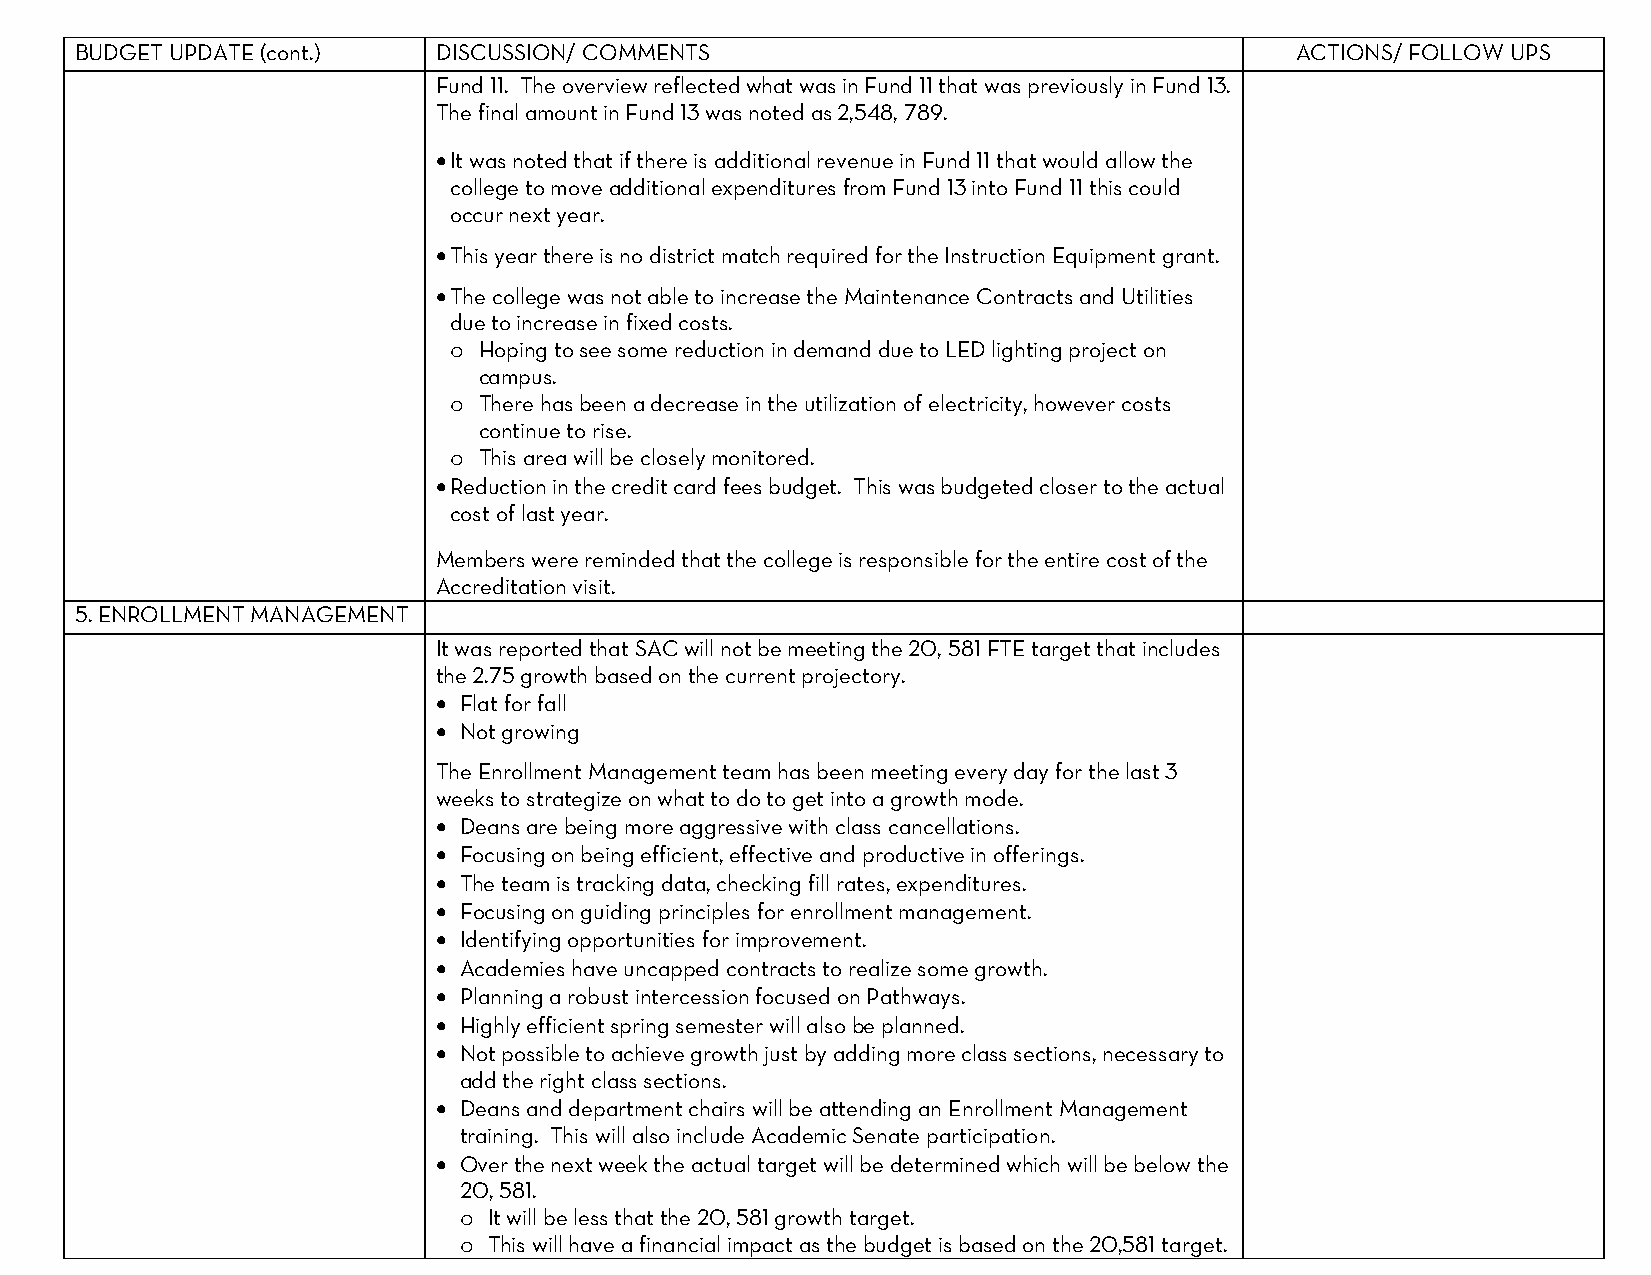
BUDGET UPDATE (cont.)   DISCUSSION/ COMMENTS                                     ACTIONS/ FOLLOW UPS
 Fund 11. The overview reflected what was in Fund 11 that was previously in Fund 13.
 The final amount in Fund 13 was noted as 2,548, 789.
 • It was noted that if there is additional revenue in Fund 11 that would allow the
 college to move additional expenditures from Fund 13 into Fund 11 this could
 occur next year.
 • This year there is no district match required for the Instruction Equipment grant.
 • The college was not able to increase the Maintenance Contracts and Utilities
 due to increase in fixed costs.
 Hoping to see some reduction in demand due to LED lighting project on
 o
 campus.
 There has been a decrease in the utilization of electricity, however costs
 o
 continue to rise.
 This area will be closely monitored.
 o
 • Reduction in the credit card fees budget. This was budgeted closer to the actual
 cost of last year.
 Members were reminded that the college is responsible for the entire cost of the
 Accreditation visit.
 5. ENROLLMENT MANAGEMENT
 It was reported that SAC will not be meeting the 20, 581 FTE target that includes
 the 2.75 growth based on the current projectory.
 • Flat for fall
 • Not growing
 The Enrollment Management team has been meeting every day for the last 3
 weeks to strategize on what to do to get into a growth mode.
 • Deans are being more aggressive with class cancellations.
 • Focusing on being efficient, effective and productive in offerings.
 • The team is tracking data, checking fill rates, expenditures.
 • Focusing on guiding principles for enrollment management.
 • Identifying opportunities for improvement.
 • Academies have uncapped contracts to realize some growth.
 • Planning a robust intercession focused on Pathways.
 • Highly efficient spring semester will also be planned.
 • Not possible to achieve growth just by adding more class sections, necessary to
 add the right class sections.
 • Deans and department chairs will be attending an Enrollment Management
 training. This will also include Academic Senate participation.
 • Over the next week the actual target will be determined which will be below the
 20, 581.
 It will be less that the 20, 581 growth target.
 o
 This will have a financial impact as the budget is based on the 20,581 target.
 o